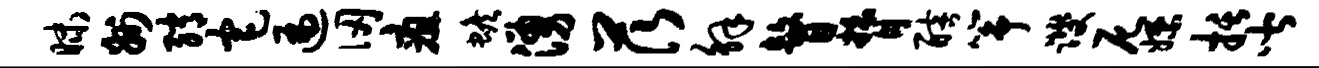
昧州绡宅遍仞疽蟾涌茨解瞽膂醅筝躞尼嫖括皆